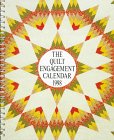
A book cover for Quilt Engagement Calendar 1998; Cyril Nelson; Calendars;